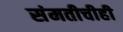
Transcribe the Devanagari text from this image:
संमतीचीही